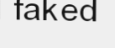
faked